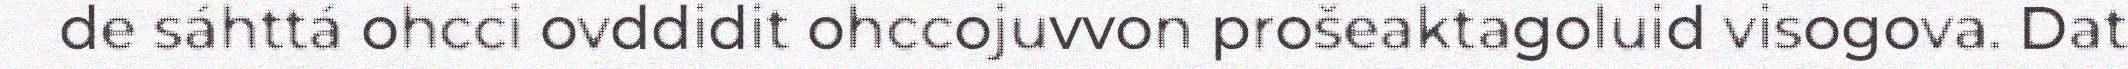
de sáhttá ohcci ovddidit ohccojuvvon prošeaktagoluid visogova. Dat